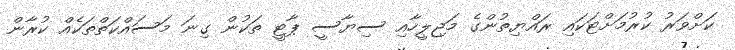
ކަށްވަރު ކުރުމަށްޓަކައި ރައްޔިތުންގެ މަޖިލީހާއި ސިޔާސީ ޕާޓީ ތަކުން ގިނަ މަސައްކަތްތަކެއް ކުރާން